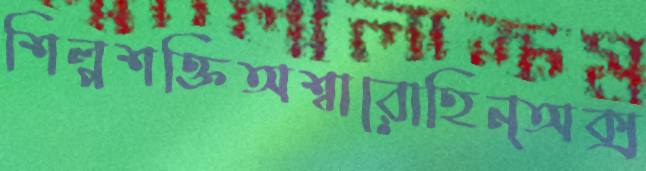
শিল্পশক্তিঅশ্বারোহিন্অক্স